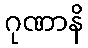
ဂုဏာနိ